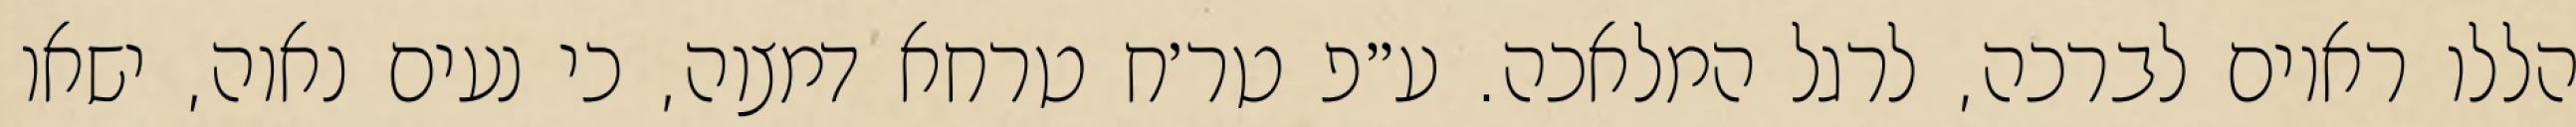
הללו ראוים לברכה, לרגל המלאכה. ע״פ טר׳ח טרחא דמצוה, כי נעים נאוה, ישאו